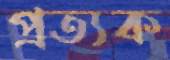
প্রত্যক